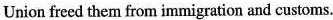
Union freed them from immigration and customs.